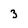
Character: 3